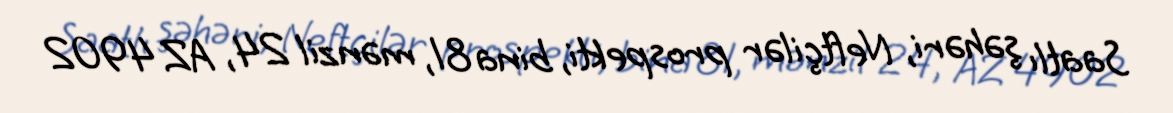
Saatlı şəhəri, Neftçilər prospekti, bina 81, mənzil 24, AZ 4902